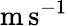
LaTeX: \mathrm{m}\, \mathrm{s}^{-1}